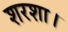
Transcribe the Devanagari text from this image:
शरशा।